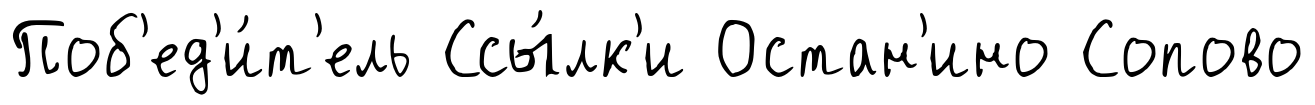
Поб'ед'и́т'ель Ссы́лк'и Остан'ино Сопово